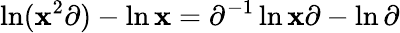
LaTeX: \ln(\mathbf{x}^{2}\partial)-\ln\mathbf{x}=\partial^{-1}\ln\mathbf{x}\partial-\ln\partial